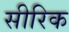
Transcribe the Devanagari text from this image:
सीरिक